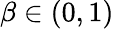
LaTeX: \beta\in(0,1)